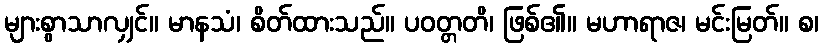
များစွာသာလျှင်။ မာနသံ၊ စိတ်ထားသည်။ ပဝတ္တတိ၊ ဖြစ်၏။ မဟာရာဇ၊ မင်းမြတ်။ စ၊